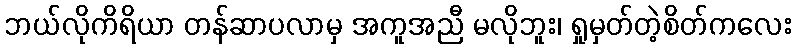
ဘယ်လိုကိရိယာ တန်ဆာပလာမှ အကူအညီ မလိုဘူး၊ ရှုမှတ်တဲ့စိတ်ကလေး